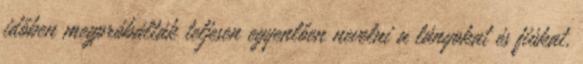
időben megpróbálták teljesen egyenlően nevelni a lányokat és fiúkat,